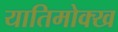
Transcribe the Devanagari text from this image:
यातिमोक्ख